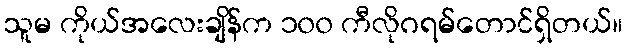
သူမ ကိုယ်အလေးချိန်က ၁၀၀ ကီလိုဂရမ်တောင်ရှိတယ်။